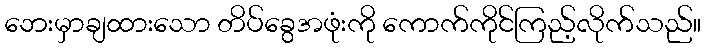
ဘေးမှာချထားသော တိပ်ခွေအဖုံးကို ကောက်ကိုင်ကြည့်လိုက်သည်။